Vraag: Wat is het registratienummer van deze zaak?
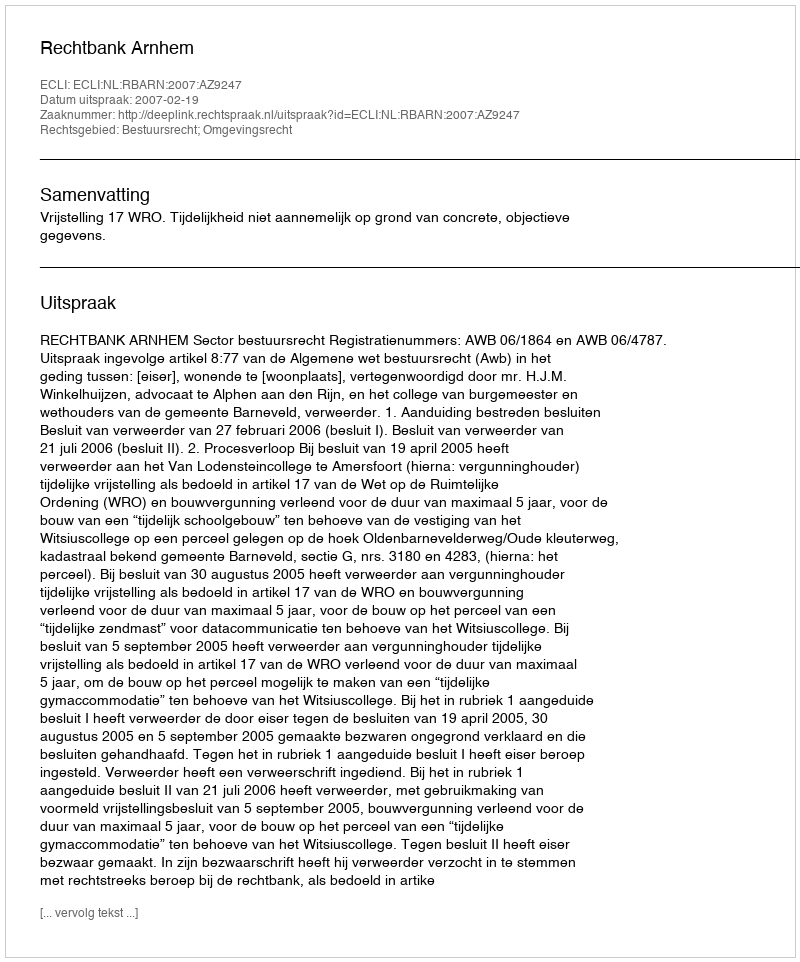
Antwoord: http://deeplink.rechtspraak.nl/uitspraak?id=ECLI:NL:RBARN:2007:AZ9247